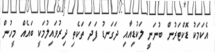
އެކަމަކު ޑޮކްޓަރުން ބުނަނީ ލަކުޑިއާއި ދަގަނޑު ފަދަ ތަކެތި ދިރުވައިލުމަކީ ބައެއް މީހުން